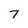
Character: 7